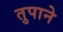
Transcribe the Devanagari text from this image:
तुपाने